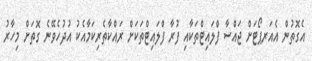
އެގޮތުން އެއަރޕޯޓަށް ޖައްސާ ފްލައިޓްތަކާއި ފުރާ ފްލައިޓްތަކަށް ރައްކާތެރިކަމާއެކު އުދުހެވޭނެ ގޮތަށް މިހާރު